Problem: 9 × 6 = ?
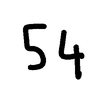
Handwritten answer: 54